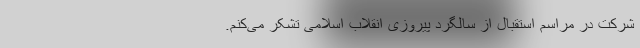
شرکت در مراسم استقبال از سالگرد پیروزی انقلاب اسلامی تشکر می‌کنم.